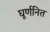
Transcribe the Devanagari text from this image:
घूर्णनित